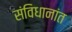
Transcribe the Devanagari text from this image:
संविधानांत